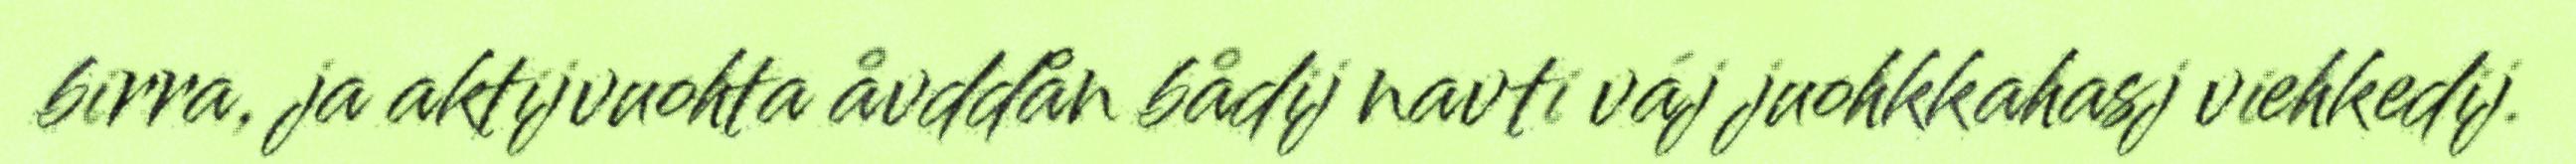
birra, ja aktijvuohta åvddån bådij navti váj juohkkahasj viehkedij.